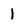
Character: 1